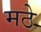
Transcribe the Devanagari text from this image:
मठे